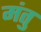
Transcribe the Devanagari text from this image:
मंतु